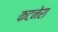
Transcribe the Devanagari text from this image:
कटनेरा